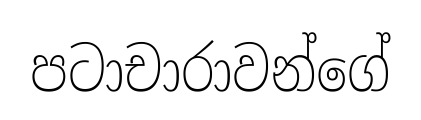
පටාචාරාවන්ගේ